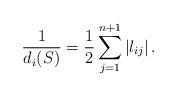
LaTeX: \begin{align*}\frac{1}{d_i(S)}=\frac{1}{2}\sum_{j=1}^{n+1} \left|l_{ij}\right|. \end{align*}